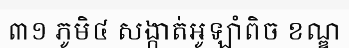
៣១ ភូមិ៤ សង្កាត់អូឡាំពិច ខណ្ឌ